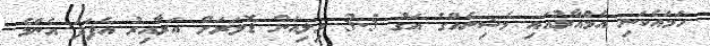
ހަމައެކަނި އެމްއާރުއައި މެޝިނެއްގެ އަގު 3.5 މިލިއަން ޑޮލަރަށް އަރާއިރު އެފަދަ އެންމެ